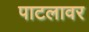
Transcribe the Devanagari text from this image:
पाटलावर